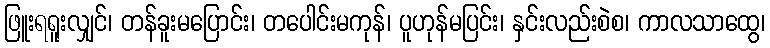
ဖြူးရရူးလျှင်၊ တန်ခူးမပြောင်း၊ တပေါင်းမကုန်၊ ပူဟုန်မပြင်း၊ နှင်းလည်းစဲစ၊ ကာလသာထွေ၊